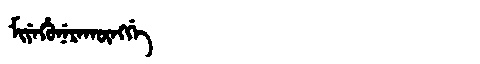
Manchu: ᠮᡳᠶᡝᡥᡠᠨᡝᡵᠠᡴᡡᠩᡤᡝ
Romanization: MIYEHUNERAKŪNGGE